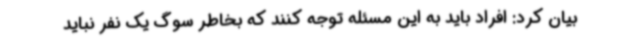
بیان کرد: افراد باید به این مسئله توجه کنند که بخاطر سوگ یک نفر نباید